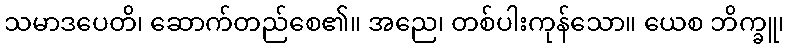
သမာဒပေတိ၊ ဆောက်တည်စေ၏။ အညေ၊ တစ်ပါးကုန်သော။ ယေစ ဘိက္ခူ၊